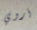
أروي